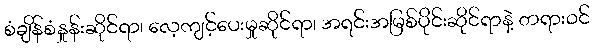
စံချိန်စံနှုန်းဆိုင်ရာ၊ လေ့ကျင့်ပေးမှုဆိုင်ရာ၊ အရင်းအမြစ်ပိုင်းဆိုင်ရာနဲ့ တရားဝင်